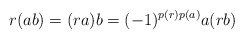
\begin{align*}r(ab)=(ra)b=(-1)^{p(r)p(a)}a(rb)\end{align*}